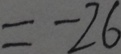
= - 2 6